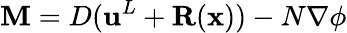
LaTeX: {\mathbf{M}}=D({\mathbf{u}}^{L}+{\mathbf{R}}({\mathbf{x}}))-N\nabla\phi